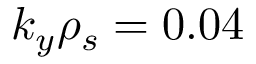
k _ { y } \rho _ { s } = 0 . 0 4